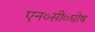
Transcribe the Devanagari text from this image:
एन०सी०घोष